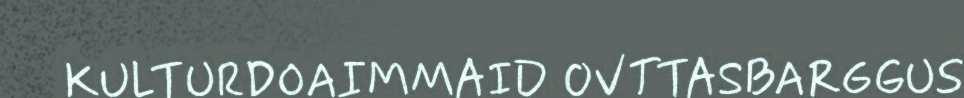
KULTURDOAIMMAID OVTTASBARGGUS